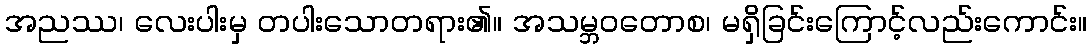
အညဿ၊ လေးပါးမှ တပါးသောတရား၏။ အသမ္ဘဝတောစ၊ မရှိခြင်းကြောင့်လည်းကောင်း။